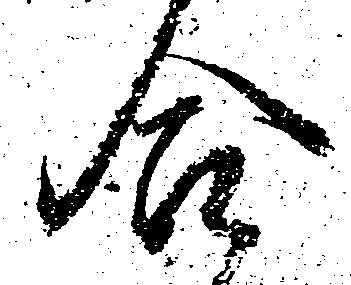
合